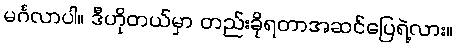
မင်္ဂလာပါ။ ဒီဟိုတယ်မှာ တည်းခိုရတာအဆင်ပြေရဲ့လား။